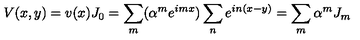
V ( x , y ) = v ( x ) J _ { 0 } = \sum _ { m } ( \alpha ^ { m } e ^ { i m x } ) \sum _ { n } e ^ { i n ( x - y ) } = \sum _ { m } \alpha ^ { m } J _ { m }